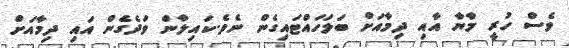
ވެސް ހުރީ މާޔާ އާއި ދިމާއަށް ބަލަހައްޓައިގެން ނެވެ.ކައިލާން ވަދެގެން އައި ދިމާއަށް